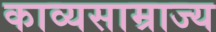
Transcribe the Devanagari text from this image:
काव्यसाम्राज्य